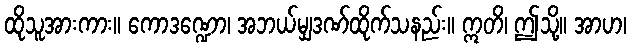
ထိုသူအားကား။ ကောဒဏ္ဍော၊ အဘယ်မျှဒဏ်ထိုက်သနည်း။ ဣတိ၊ ဤသို့။ အာဟ၊